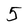
Character: 5